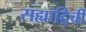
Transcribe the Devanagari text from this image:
सह्याद्रिची